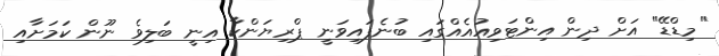
"މިޑްޑޭ" އަށް ދިން އިންޓަވިއުއެއްގައި ބުނެފައިވަނީ ޕްރިޔަންކާ އިނީ ބަލިވެ ނޫން ކަމަށާއި